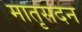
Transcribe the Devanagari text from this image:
मातृसदन